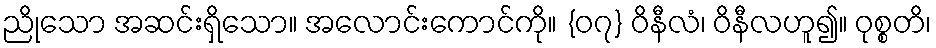
ညိုသော အဆင်းရှိသော။ အလောင်းကောင်ကို။ {၀၇} ဝိနီလံ၊ ဝိနီလဟူ၍။ ဝုစ္စတိ၊